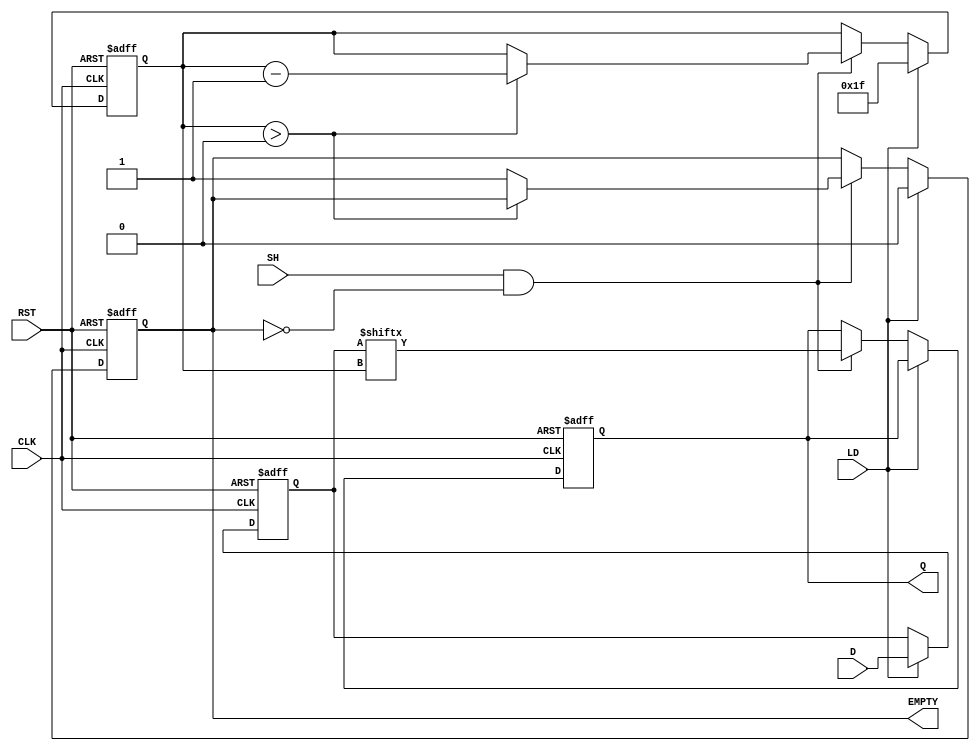
module PISO_32bit (
    input wire [31:0] D,      // 32-bit Parallel Data Input
    input wire LD,            // Load control signal
    input wire SH,            // Shift control signal
    input wire CLK,           // Clock signal
    input wire RST,           // Reset signal
    output reg Q,             // Serial Output
    output reg EMPTY          // Empty signal
);

    reg [31:0] REG;           // 32-bit storage register
    reg [4:0] counter;        // 5-bit counter for tracking shifts (0-31)
    reg loading;              // Status of loading

    // Reset conditions
    always @(posedge CLK or posedge RST) begin
        if (RST) begin
            REG <= 32'b0;     // Clear the register
            Q <= 1'b0;        // Clear serial output
            counter <= 5'd0;  // Reset counter
            EMPTY <= 1'b1;    // Register is empty
            loading <= 1'b0;  // Not loading
        end
        else begin
            // Load operation
            if (LD) begin
                REG <= D;      // Load data into register
                counter <= 5'd31; // Reset counter to point to MSB
                loading <= 1'b1; // Set loading flag
                EMPTY <= 1'b0;   // Register is not empty
            end
            // Shift operation
            else if (SH && !EMPTY) begin
                Q <= REG[counter]; // Output the current bit
                if (counter > 0)
                    counter <= counter - 1; // Decrement counter
                else begin
                    EMPTY <= 1'b1; // Register becomes empty after last shift
                end
            end
        end
    end
endmodule